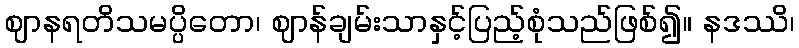
ဈာနရတိသမပ္ပိတော၊ ဈာန်ချမ်းသာနှင့်ပြည့်စုံသည်ဖြစ်၍။ နဒဿိ၊